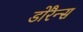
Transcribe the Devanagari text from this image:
डोरैन्स